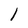
Character: l